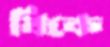
ঘিকে